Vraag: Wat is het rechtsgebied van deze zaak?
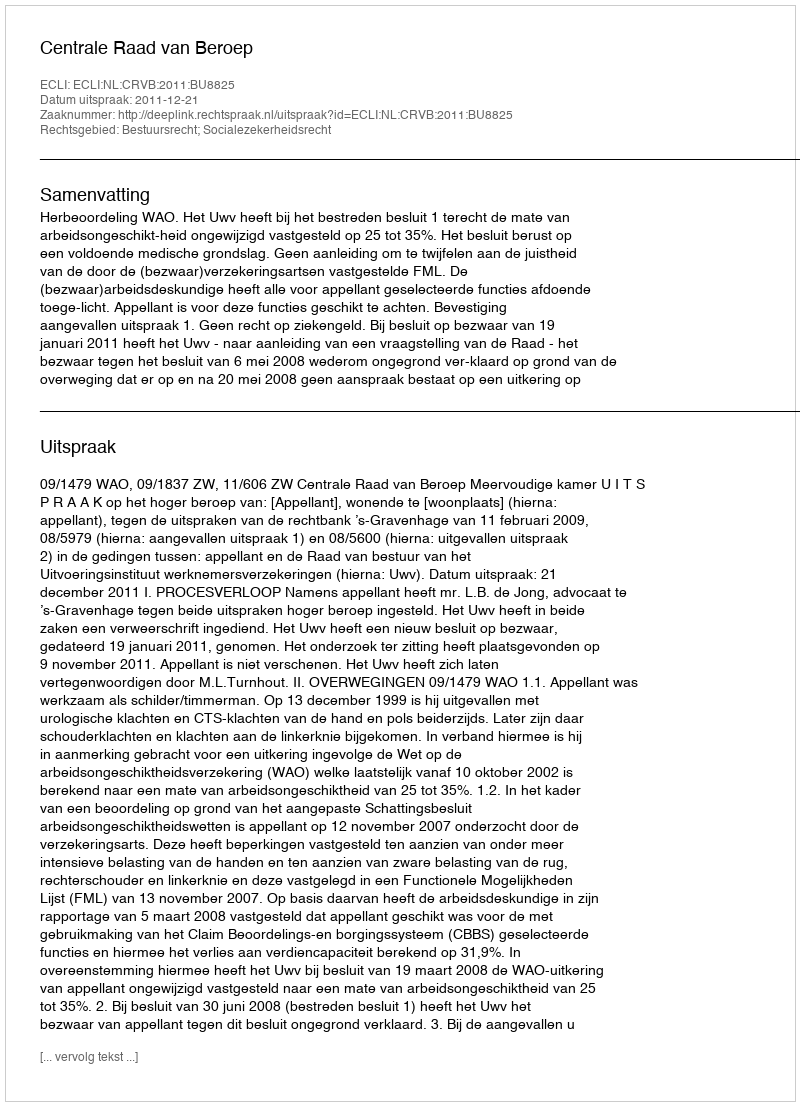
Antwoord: Bestuursrecht; Socialezekerheidsrecht